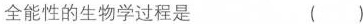
全能性的生物学过程是 ( )